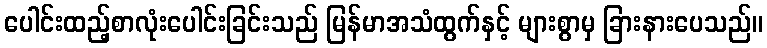
ပေါင်းထည့်စာလုံးပေါင်းခြင်းသည် မြန်မာအသံထွက်နှင့် များစွာမှ ခြားနားပေသည်။